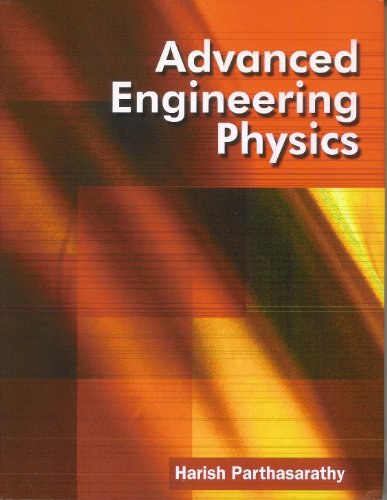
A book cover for Advanced Engineering Physics: Theory and Practice; Harish Parathasarathy; Science & Math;